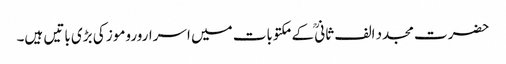
حضرت مجدد الف ثانیؒ کے مکتوبات میں اسراروروموز کی بڑی باتیں ہیں۔